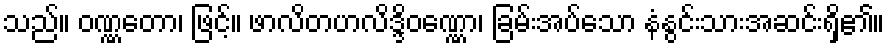
သည်။ ဝဏ္ဏတော၊ ဖြင့်။ ဖာလိတဟလိဒ္ဒိဝဏ္ဏော၊ ခြမ်းအပ်သော နံနွင်းသားအဆင်းရှိ၏။